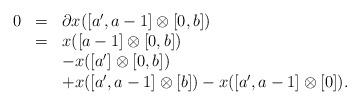
LaTeX: \begin{align*} \begin{array}{llll} 0&=&\partial x([a',a-1]\otimes [0,b]) \\ &=&x([a-1]\otimes [0,b])\\ &&-x([a']\otimes [0,b])& \\ &&+x([a',a-1]\otimes [b])-x([a',a-1]\otimes [0]).& \end{array} \end{align*}